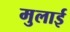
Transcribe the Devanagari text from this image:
मुलाई